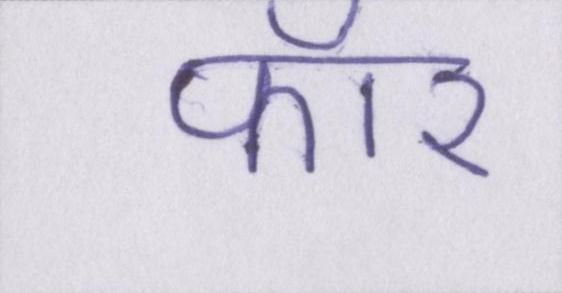
फॉर